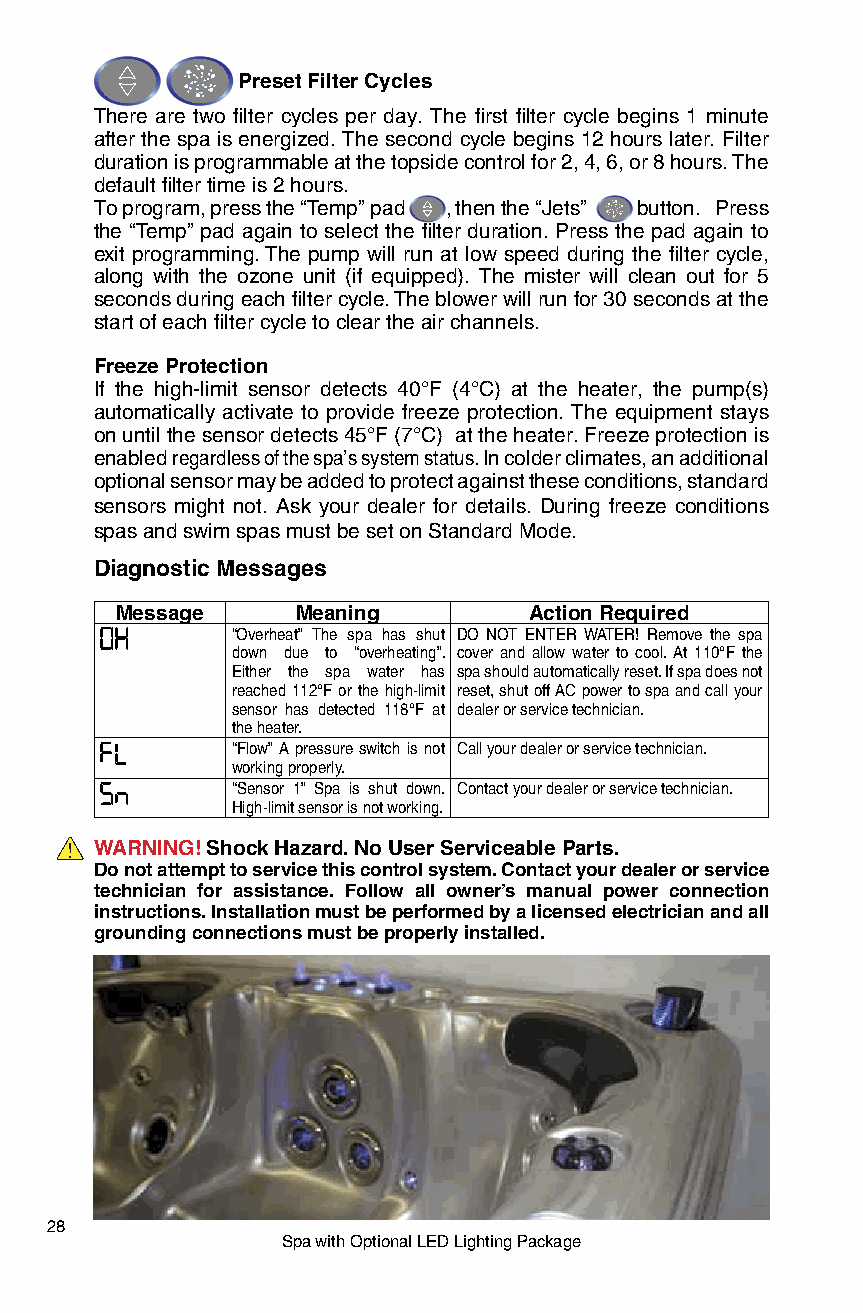
Preset Filter Cycles
 There are two filter cycles per day. The first filter cycle begins 1 minute
 after the spa is energized. The second cycle begins 12 hours later. Filter
 duration is programmable at the topside control for 2, 4, 6, or 8 hours. The
 default filter time is 2 hours.
 To program, press the “Temp” pad , then the “Jets” button. Press
 the “Temp” pad again to select the filter duration. Press the pad again to
 exit programming. The pump will run at low speed during the filter cycle,
 along with the ozone unit (if equipped). The mister will clean out for 5
 seconds during each filter cycle. The blower will run for 30 seconds at the
 start of each filter cycle to clear the air channels.
 Freeze Protection
 If the high-limit sensor detects 40°F (4°C) at the heater, the pump(s)
 automatically activate to provide freeze protection. The equipment stays
 on until the sensor detects 45°F (7°C) at the heater. Freeze protection is
 enabled regardless of the spa’s system status. In colder climates, an additional
 optional sensor may be added to protect against these conditions, standard
 sensors might not. Ask your dealer for details. During freeze conditions
 spas and swim spas must be set on Standard Mode.
 Diagnostic Messages
 Message     Meaning        Action Required
 “Overheat” The spa has shut DO NOT ENTER WATER! Remove the spa
 down due to “overheating”. cover and allow water to cool. At 110°F the
 Either the spa water has spa should automatically reset. If spa does not
 reached 112°F or the high-limit reset, shut off AC power to spa and call your
 sensor has detected 118°F at dealer or service technician.
 the heater.
 “Flow” A pressure switch is not Call your dealer or service technician.
 working properly.
 “Sensor 1” Spa is shut down. Contact your dealer or service technician.
 High-limit sensor is not working.
 WARNING! Shock Hazard. No User Serviceable Parts.
 Do not attempt to service this control system. Contact your dealer or service
 technician for assistance. Follow all owner’s manual power connection
 instructions. Installation must be performed by a licensed electrician and all
 grounding connections must be properly installed.
 28
 Spa with Optional LED Lighting Package